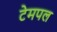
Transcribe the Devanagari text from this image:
टेमपल